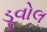
ડૂવોલ